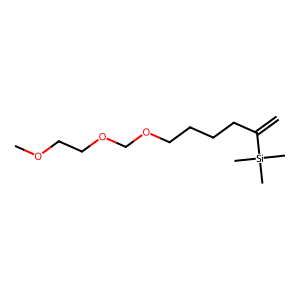
SMILES: C=C(CCCCOCOCCOC)[Si](C)(C)C
Inhibits HIV replication: No